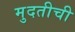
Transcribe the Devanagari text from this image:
मुदतीची